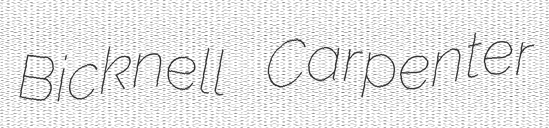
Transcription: Bicknell Carpenter